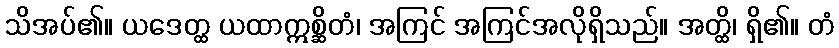
သိအပ်၏။ ယဒေတ္ထ ယထာဣစ္ဆိတံ၊ အကြင် အကြင်အလိုရှိသည်။ အတ္ထိ၊ ရှိ၏။ တံ